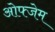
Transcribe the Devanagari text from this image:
ओफ्जेम